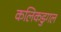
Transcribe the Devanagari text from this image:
कलिकडुगल